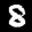
Label: 8